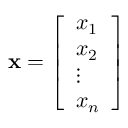
\mathbf { x } = { \left[ \begin{array} { l } { x _ { 1 } } \\ { x _ { 2 } } \\ { \vdots } \\ { x _ { n } } \end{array} \right] }